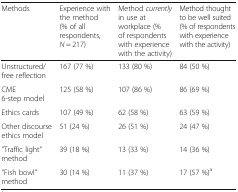
| Methods | Experience with the method (% of all respondents, N = 217) | Method currently in use at workplace (% of respondents with experience with the activity) | Method thought to be well suited (% of respondents with experience with the activity) |
 | --- | --- | --- | --- |
 | Unstructured/free reflection | 167 (77 %) | 133 (80 %) | 84 (50 %) |
 | CME 6-step model | 125 (58 %) | 107 (86 %) | 86 (69 %) |
 | Ethics cards | 107 (49 %) | 62 (58 %) | 63 (59 %) |
 | Other discourse ethics model | 51 (24 %) | 26 (51 %) | 24 (47 %) |
 | ”Traffic light” method | 39 (18 %) | 13 (33 %) | 14 (36 %) |
 | ”Fish bowl” method | 30 (14 %) | 11 (37 %) | 17 (57 %)a |